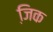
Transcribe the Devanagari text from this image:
जि़क